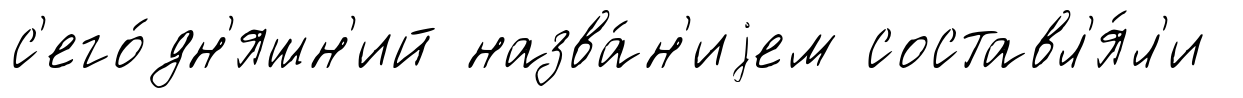
с'его́дн'яшн'ий назва́н'иjем составл'я́л'и